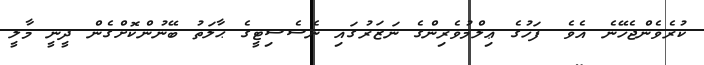
ކުރެވެންޖެހޭނެ އެވެ. ފަހުގެ ޢިލްމުވެރިންގެ ނަޒަރުގައި ނެސެސިޓީގެ ޙާލަތު ބޭނުންކޮށްގެން ދީނީ މާލީ